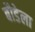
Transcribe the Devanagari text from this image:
बौडेला